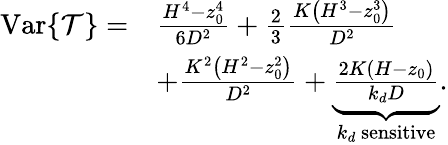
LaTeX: \begin{array}{rl}{\operatorname{Var}\{ \mathcal{T}\} =}&{\frac{H^{4}-z_{0}^{4}}{6D^{2}}+\frac{2}{3}\frac{K\left(H^{3}-z_{0}^{3}\right)}{D^{2}}}\\ &{+\frac{K^{2}\left(H^{2}-z_{0}^{2}\right)}{D^{2}}+\underbrace{\frac{2K(H-z_{0})}{k_{d}D}}_{k_{d}\mathrm{~sensitive}}.}\end{array}